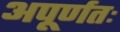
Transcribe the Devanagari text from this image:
अपूर्णतः